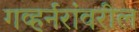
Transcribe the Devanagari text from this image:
गव्हर्नरांवरील